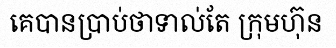
គេបានប្រាប់ថាទាល់តែ ក្រុមហ៊ុន